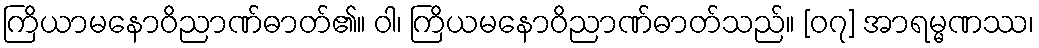
ကြိယာမနောဝိညာဏ်ဓာတ်၏။ ဝါ၊ ကြိယမနောဝိညာဏ်ဓာတ်သည်။ [၀၇] အာရမ္မဏဿ၊